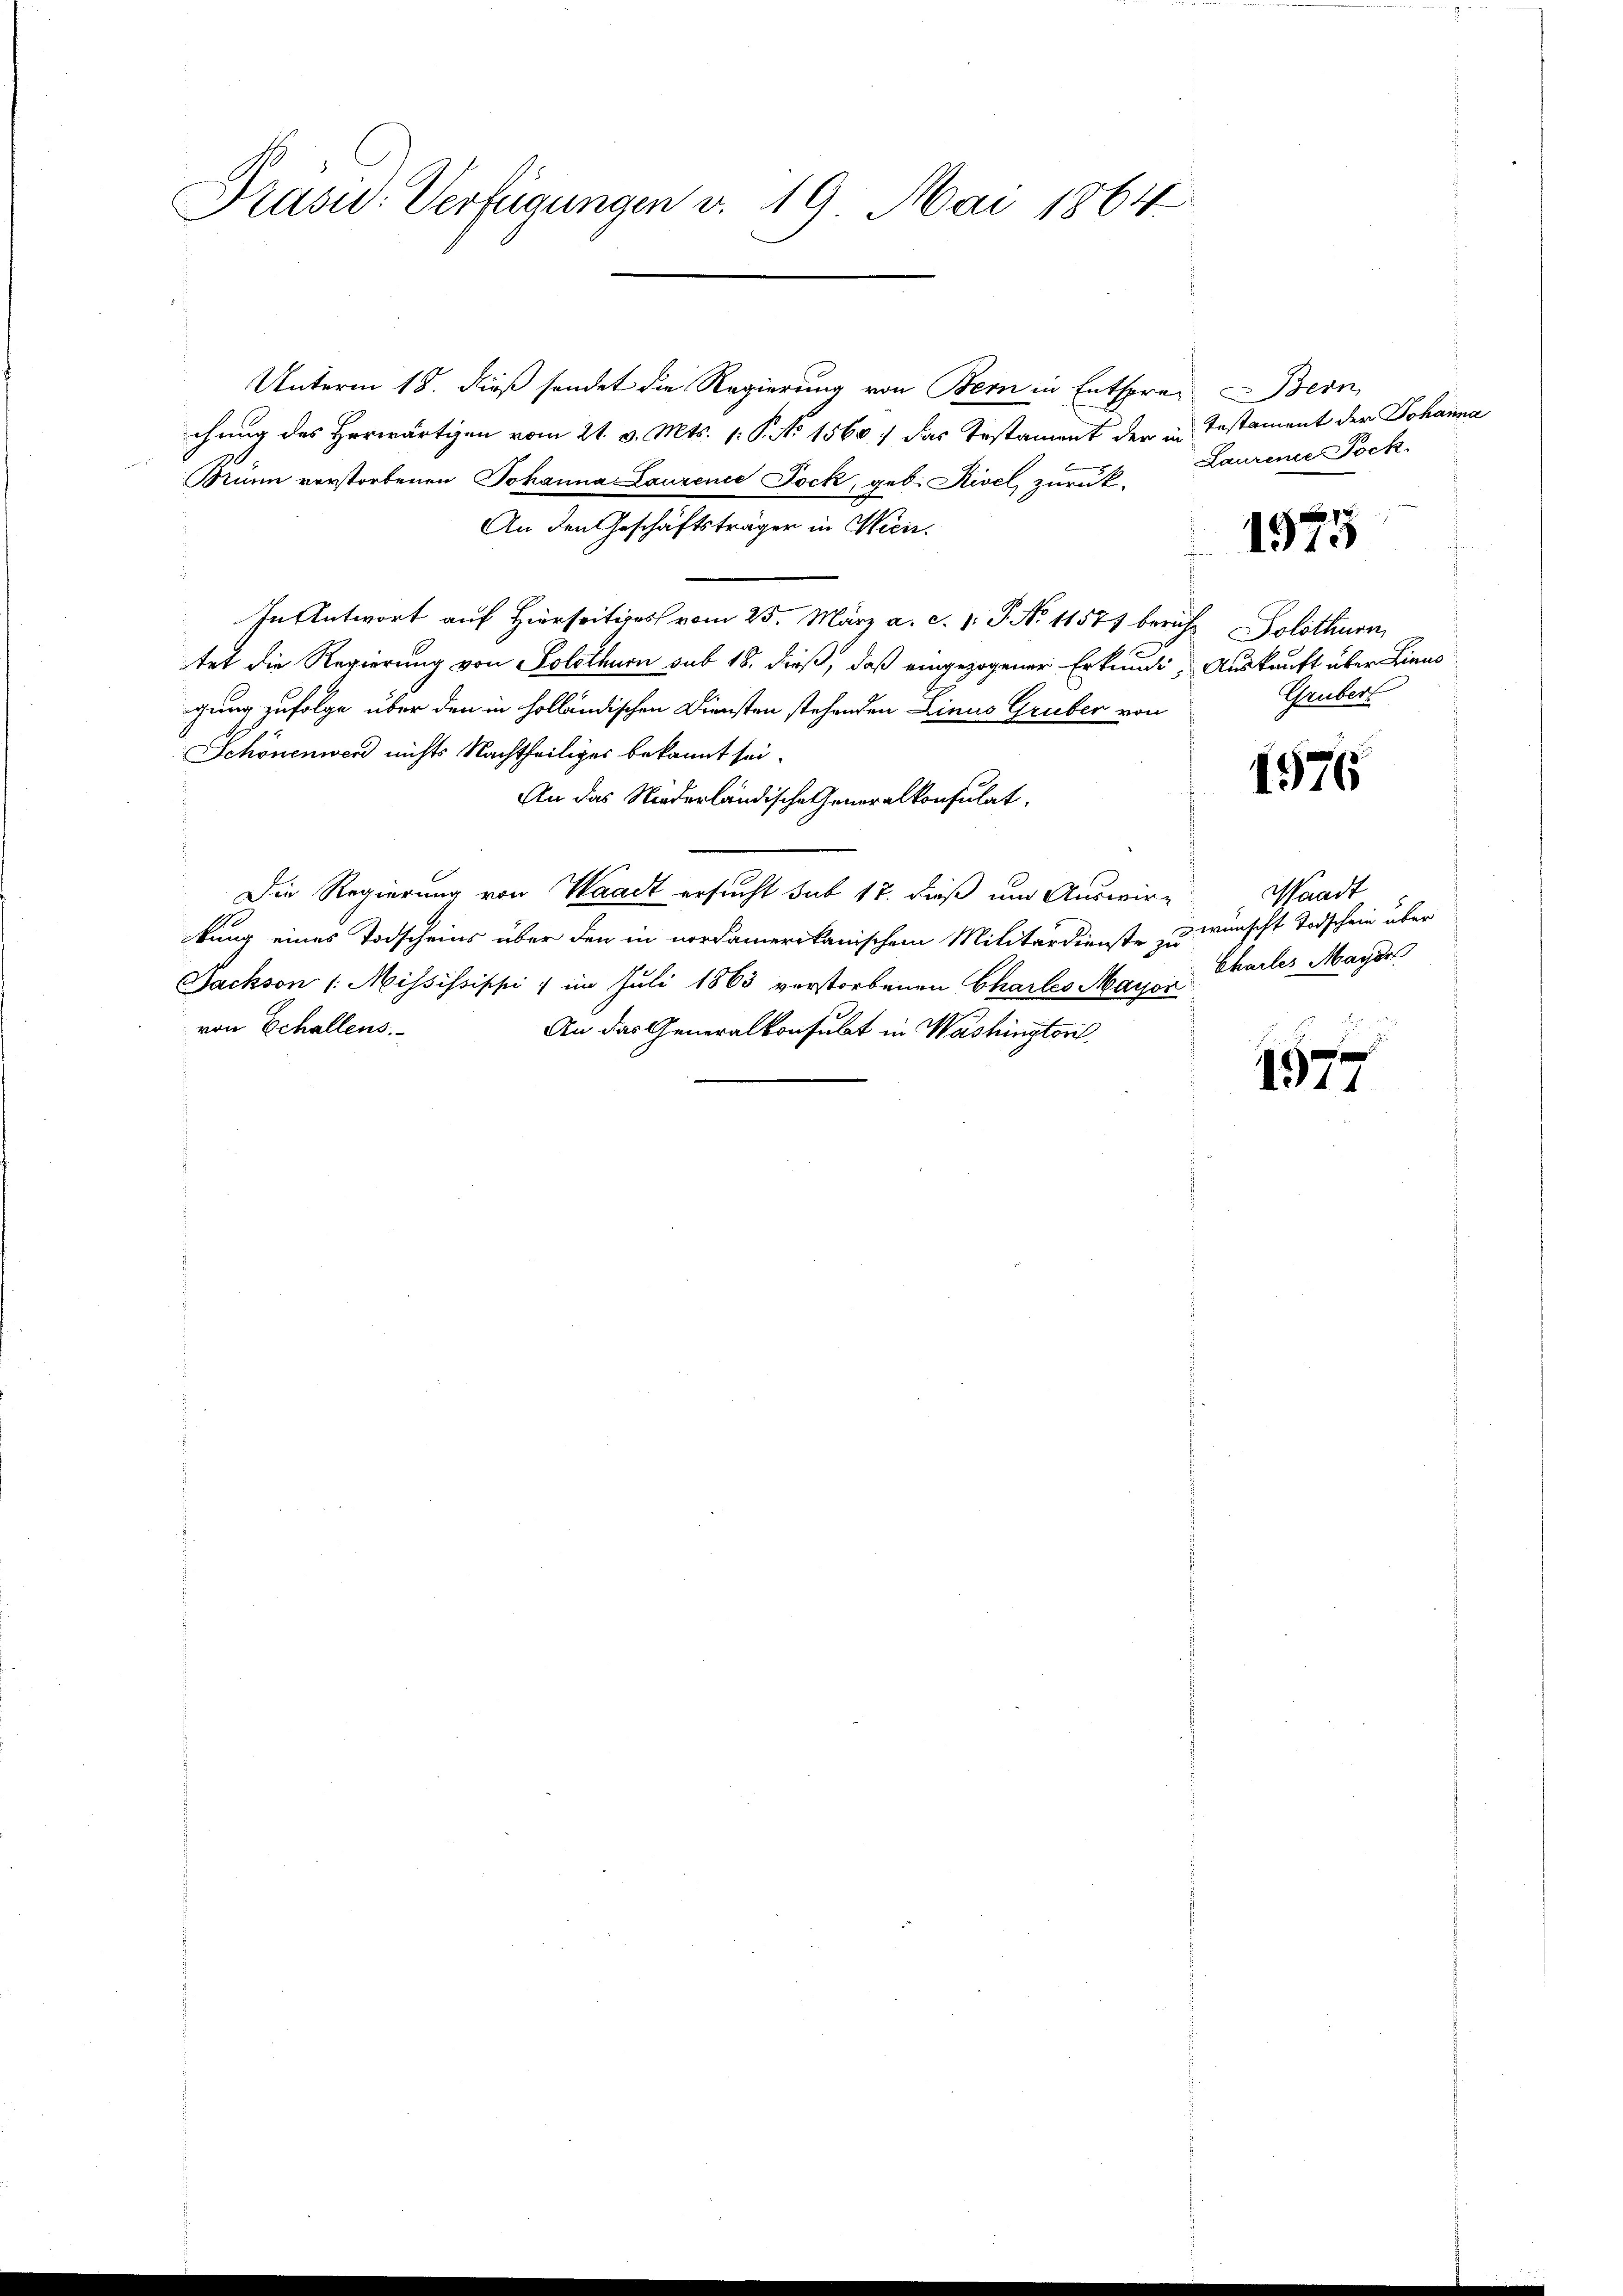
Präsid. Verfügungen v. 19 Mai 1864

Unterm 18. dieß sendet die Regierung von Bern in Entsprec- Bern,
chung des Herwärtigen vom 21. v. Mts. 1. P. No 1560 das Testament der in Testament der Johanna
Brünn vorstorbenen Johanna Laurenes Jock, geb. Rivel, zurück-
An den Geschäftsträger in Wein¬
In Antwort auf Hierseits vom 25. März a. c. v. P. No 11571 beruht Solothurn
tet die Regierung von Solothurn sub 18. dieß, daß eingezogener Erkundi, Auskauft über Linn
gung zufolge über den in holländischen Diensten stehenden Linus Gruber von
Schönenwerd nichts Nachtheiliger bekannt sei.
An das Niederländische Generalkonsulat,
Die Regierung von Waadt ersucht sub 17. dieß und Auswirkung eines Todscheins über den in nordamerikanischem Militärdienste zu wünscht Todschein über
Sackson /: Mississippi) im Juli 1863 verstorbenen Chartes Mayor
von Echallens,
An das Generalkonsulat in Washingtor

Laurene Pock.

1975

Grubert

1576

Waadt
Chailes Mayde

1577